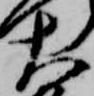
大